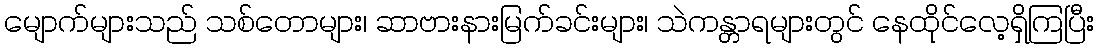
မျောက်များသည် သစ်တောများ၊ ဆာဗားနားမြက်ခင်းများ၊ သဲကန္တာရများတွင် နေထိုင်လေ့ရှိကြပြီး